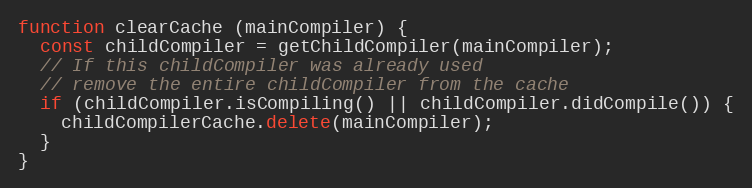
Language: JavaScript
function clearCache (mainCompiler) {
  const childCompiler = getChildCompiler(mainCompiler);
  // If this childCompiler was already used
  // remove the entire childCompiler from the cache
  if (childCompiler.isCompiling() || childCompiler.didCompile()) {
    childCompilerCache.delete(mainCompiler);
  }
}